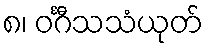
၈၊ ဝင်္ဂီသသံယုတ်